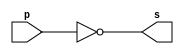
// -------------------------
// Exemplo0002 - NOT
// Nome: Jenifer Henrique
// -------------------------
// -------------------------
// -- not gate
// -------------------------
module notgate (output s,
       input   p);
       assign s = ~p;
endmodule // notgate
// -------------------------
// -- test not gate
// -------------------------
module testnotgate;
// ------------------------- dados locais
reg a; // definir registrador
       // (variavel independente)
wire s; // definir conexao (fio)
        // (variavel dependente )
// ------------------------- instancia
   notgate NOT1 (s, a);
// ------------------------- preparacao
initial begin:start
a=0;  // valor inicial
end
// ------------------------- parte principal
initial begin
        $display("Exemplo0002 - Jenifer Henrique  - 427420.");
        $display("Test NOT gate");
        $display("\n~a = s\n");
        a=0;
        #1   $display("~%b = %b", a, s);
        a=1;
        #1   $display("~%b = %b", a, s);
end
endmodule // testnotgate